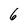
Character: 6